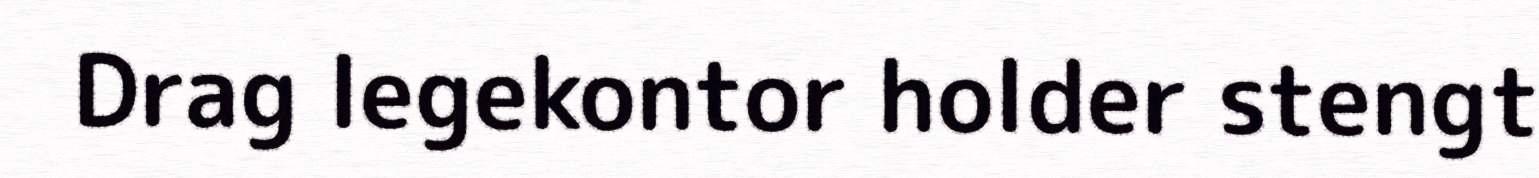
Drag legekontor holder stengt